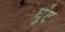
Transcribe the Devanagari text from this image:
घुंट